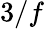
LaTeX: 3/f